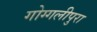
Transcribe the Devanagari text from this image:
गोग्गलीपुरा